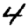
Digit: 4